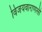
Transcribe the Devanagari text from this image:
विजयवाराणसी